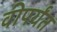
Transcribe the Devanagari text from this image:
वीपर्यंत